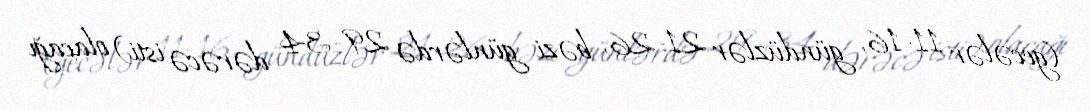
(gecələr 11-16, gündüzlər 21-26, bəzi günlərdə 29-34 dərəcə isti) olacağı